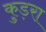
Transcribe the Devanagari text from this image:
कुड़रा